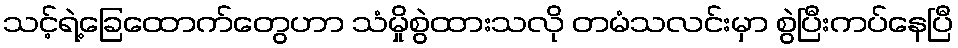
သင့်ရဲ့ခြေထောက်တွေဟာ သံမှိုစွဲထားသလို တမံသလင်းမှာ စွဲပြီးကပ်နေပြီ